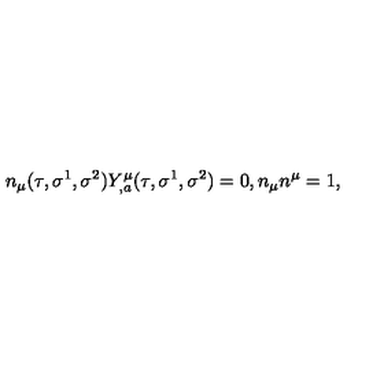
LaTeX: n _ { \mu } ( \tau , \sigma ^ { 1 } , \sigma ^ { 2 } ) Y _ { , a } ^ { \mu } ( \tau , \sigma ^ { 1 } , \sigma ^ { 2 } ) = 0 , n _ { \mu } n ^ { \mu } = 1 ,